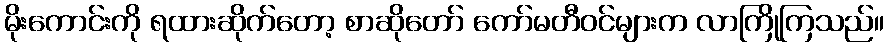
မိုးကောင်းကို ရထားဆိုက်တော့ စာဆိုတော် ကော်မတီဝင်များက လာကြိုကြသည်။